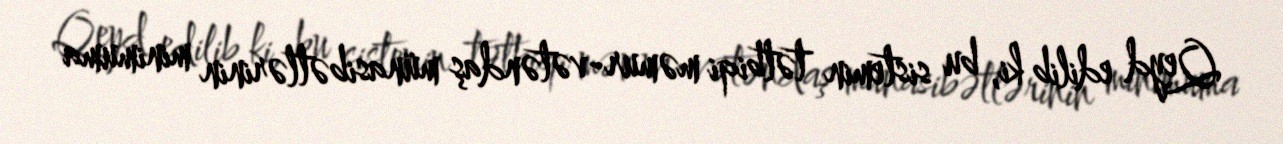
Qeyd edilib ki, bu sistemin tətbiqi məmur-vətəndaş münasibətlərinin minimuma